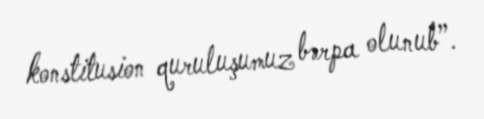
konstitusion quruluşumuz bərpa olunub”.